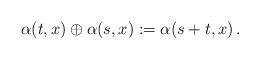
LaTeX: \begin{align*}\alpha(t,x) \oplus \alpha(s,x):= \alpha(s+t,x) \,.\end{align*}